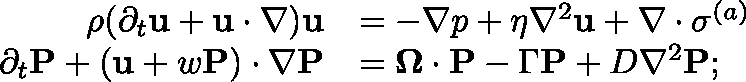
\begin{array} { r l } { \rho ( \partial _ { t } \mathbf { u } + \mathbf { u } \cdot \nabla ) \mathbf { u } } & { = - \nabla p + \eta \nabla ^ { 2 } \mathbf { u } + \nabla \cdot \mathbf { \sigma } ^ { ( a ) } } \\ { \partial _ { t } \mathbf { P } + ( \mathbf { u } + w \mathbf { P } ) \cdot \nabla \mathbf { P } } & { = \mathbf { \Omega } \cdot \mathbf { P } - \Gamma \mathbf { P } + D \nabla ^ { 2 } \mathbf { P } ; } \end{array}